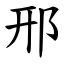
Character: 邢